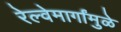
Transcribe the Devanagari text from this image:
रेल्वेमार्गांमुळे